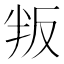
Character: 叛